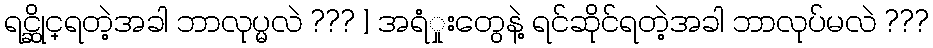
ရင္ဆိုင္ရတဲ့အခါ ဘာလုပ္မလဲ ??? ] အရံှုးတွေနဲ့ ရင်ဆိုင်ရတဲ့အခါ ဘာလုပ်မလဲ ???